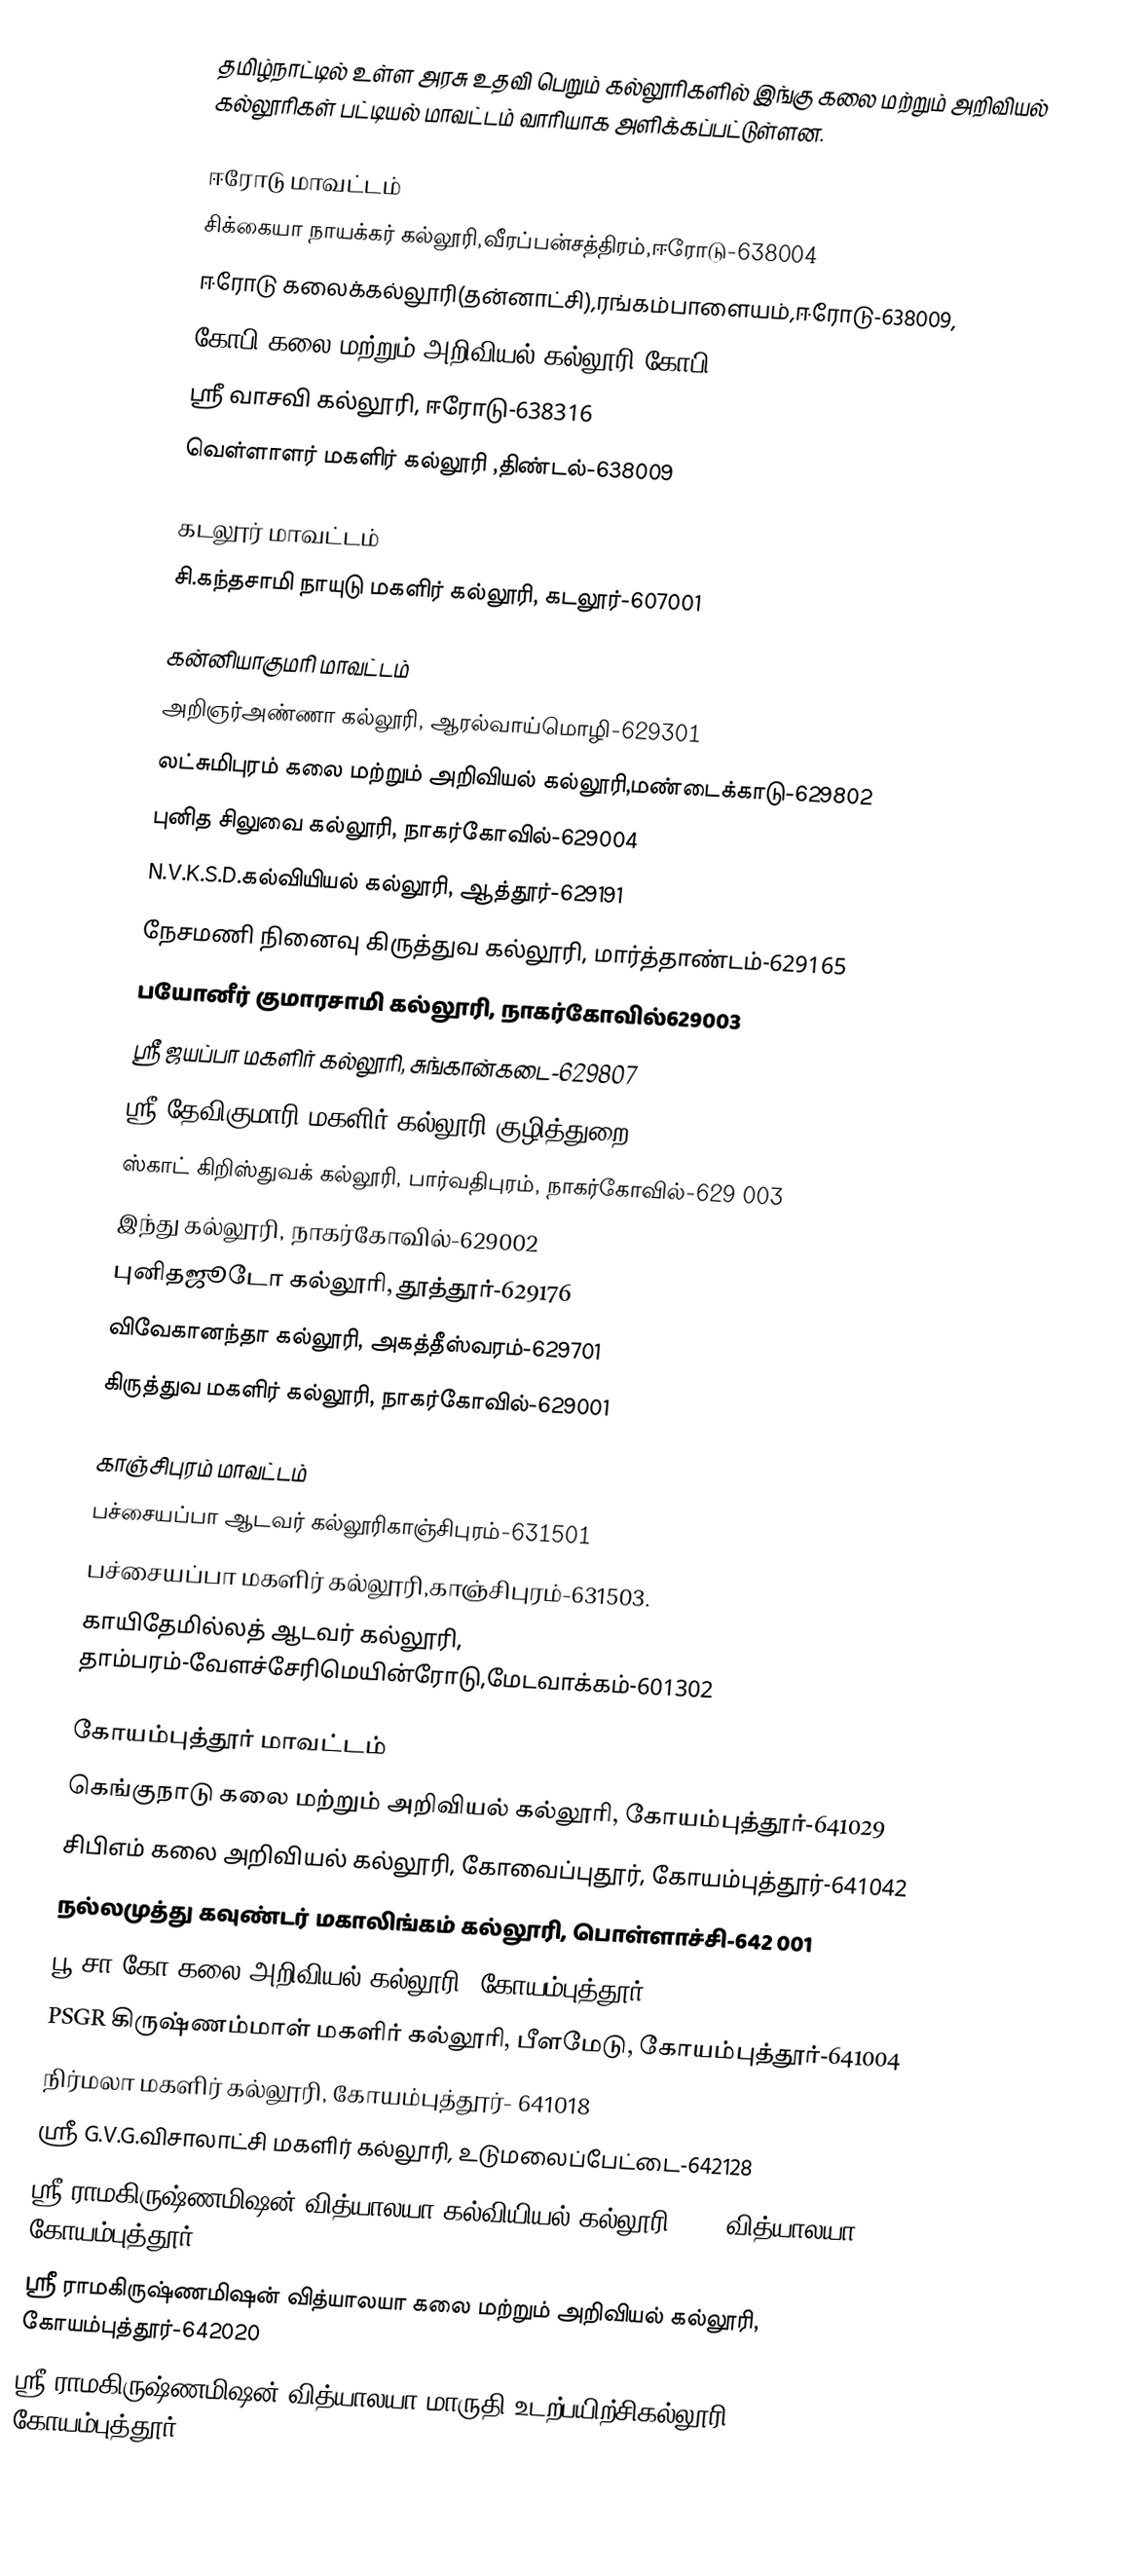
தமிழ்நாட்டில் உள்ள அரசு உதவி பெறும் கல்லூரிகளில் இங்கு கலை மற்றும் அறிவியல் கல்லூரிகள் பட்டியல் மாவட்டம் வாரியாக அளிக்கப்பட்டுள்ளன.

ஈரோடு மாவட்டம்
 சிக்கையா நாயக்கர் கல்லூரி,வீரப்பன்சத்திரம்,ஈரோடு-638004
 ஈரோடு கலைக்கல்லூரி(தன்னாட்சி),ரங்கம்பாளையம்,ஈரோடு-638009,
 கோபி கலை மற்றும் அறிவியல் கல்லூரி,கோபி- 638452
 ஸ்ரீ வாசவி கல்லூரி, ஈரோடு-638316
 வெள்ளாளர் மகளிர் கல்லூரி ,திண்டல்-638009

கடலூர் மாவட்டம்
  சி.கந்தசாமி நாயுடு மகளிர் கல்லூரி, கடலூர்-607001

கன்னியாகுமரி மாவட்டம்
 அறிஞர்அண்ணா கல்லூரி, ஆரல்வாய்மொழி-629301
 லட்சுமிபுரம் கலை மற்றும் அறிவியல்  கல்லூரி,மண்டைக்காடு-629802
 புனித சிலுவை கல்லூரி, நாகர்கோவில்-629004
 N.V.K.S.D.கல்வியியல் கல்லூரி, ஆத்தூர்-629191
 நேசமணி நினைவு கிருத்துவ கல்லூரி, மார்த்தாண்டம்-629165
 பயோனீர் குமாரசாமி கல்லூரி, நாகர்கோவில்629003
 ஸ்ரீ ஜயப்பா மகளிர் கல்லூரி, சுங்கான்கடை-629807
 ஸ்ரீ தேவிகுமாரி மகளிர் கல்லூரி,குழித்துறை-629163
 ஸ்காட் கிறிஸ்துவக் கல்லூரி, பார்வதிபுரம், நாகர்கோவில்-629 003
  இந்து கல்லூரி, நாகர்கோவில்-629002
 புனிதஜூடோ கல்லூரி, தூத்தூர்-629176
 விவேகானந்தா கல்லூரி, அகத்தீஸ்வரம்-629701
 கிருத்துவ மகளிர் கல்லூரி, நாகர்கோவில்-629001

காஞ்சிபுரம் மாவட்டம்
 பச்சையப்பா ஆடவர் கல்லூரிகாஞ்சிபுரம்-631501
 பச்சையப்பா மகளிர் கல்லூரி,காஞ்சிபுரம்-631503.
 காயிதேமில்லத் ஆடவர் கல்லூரி, தாம்பரம்-வேளச்சேரிமெயின்ரோடு,மேடவாக்கம்-601302

கோயம்புத்தூர் மாவட்டம்
 கெங்குநாடு கலை மற்றும் அறிவியல் கல்லூரி, கோயம்புத்தூர்-641029
 சிபிஎம் கலை அறிவியல் கல்லூரி, கோவைப்புதூர், கோயம்புத்தூர்-641042
 நல்லமுத்து கவுண்டர் மகாலிங்கம் கல்லூரி, பொள்ளாச்சி-642 001
 பூ.சா.கோ கலை அறிவியல் கல்லூரி, கோயம்புத்தூர்-614014
 PSGR கிருஷ்ணம்மாள் மகளிர் கல்லூரி, பீளமேடு, கோயம்புத்தூர்-641004
 நிர்மலா மகளிர் கல்லூரி, கோயம்புத்தூர்- 641018
 ஸ்ரீ G.V.G.விசாலாட்சி மகளிர் கல்லூரி, உடுமலைப்பேட்டை-642128
 ஸ்ரீ ராமகிருஷ்ணமிஷன் வித்யாலயா கல்வியியல் கல்லூரி, SRK வித்யாலயா, கோயம்புத்தூர்- 641 020.
 ஸ்ரீ ராமகிருஷ்ணமிஷன் வித்யாலயா கலை மற்றும் அறிவியல் கல்லூரி, கோயம்புத்தூர்-642020
 ஸ்ரீ ராமகிருஷ்ணமிஷன் வித்யாலயா மாருதி உடற்பயிற்சிகல்லூரி, கோயம்புத்தூர்-